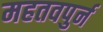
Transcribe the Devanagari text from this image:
महतवपुर्न